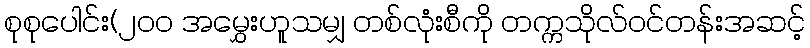
စုစုပေါင်း(၂၀၀ အမွှေးဟူသမျှ တစ်လုံးစီကို တက္ကသိုလ်ဝင်တန်းအဆင့်